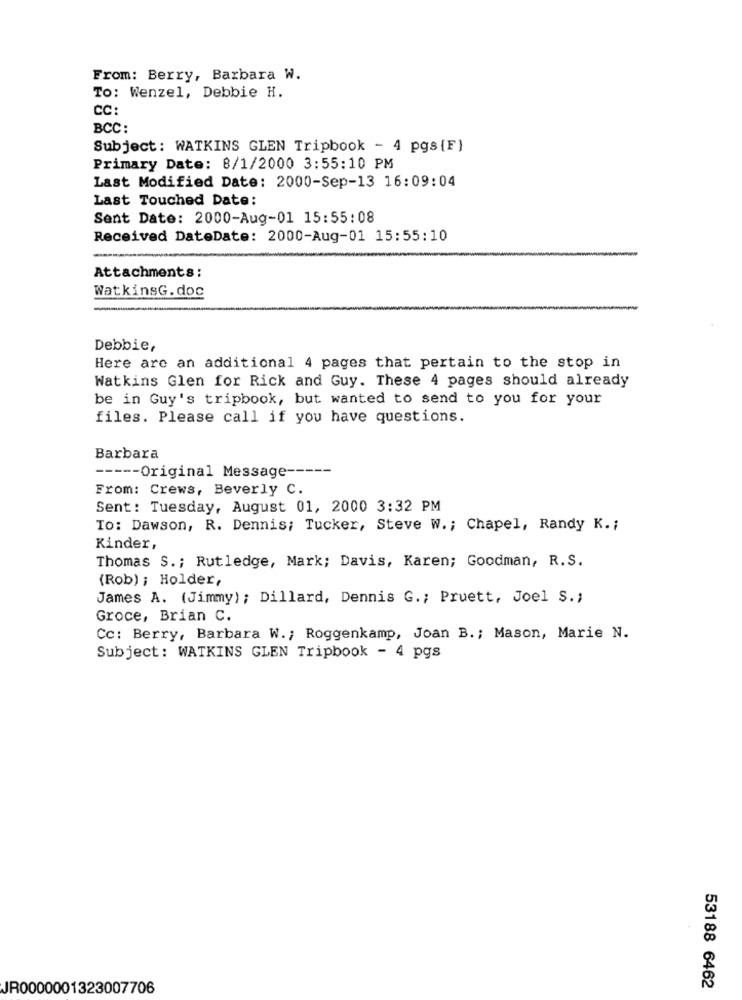
From: Berry, Barbara W.
To: Wenzel, Debbie H.
CC:
BCC:
Subject: WATKINS GLEN Tripbook - 4 pgs {F}
Primary Date: 8/1/2000 3:55:10 PM
Last Modified Date: 2000-Sep-13 16:09:04
Last Touched Date:
Sent Date: 2000-Aug-01 15:55:08
Received DateDate: 2000-Aug-01 15:55:10
Attachments :
WatkinsG. doc
Debbie,
Here are an additional 4 pages that pertain to the stop in
Watkins Glen for Rick and Guy. These 4 pages should already
be in Guy's tripbook, but wanted to send to you for your
files. Please call if you have questions.
Barbara
----- Original Message --
From: Crews, Beverly C.
Sent: Tuesday, August 01, 2000 3:32 PM
TO: Dawson, R. Dennis; Tucker, Steve W .; Chapel, Randy K. ;
Kinder,
Thomas S .; Rutledge, Mark; Davis, Karen; Goodman, R.S.
(Rob) ; Holder,
James A. (Jimmy) ; Dillard, Dennis G .; Pruett, Joel S .;
Groce, Brian C.
Cc: Berry, Barbara W .; Roggenkamp, Joan B .; Mason, Marie N.
Subject: WATKINS GLEN Tripbook - 4 pgs
JR0000001323007706
53188 6462